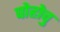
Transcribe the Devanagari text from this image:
पोहोचु